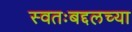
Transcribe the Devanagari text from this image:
स्वतःबद्दलच्या